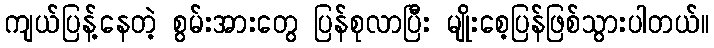
ကျယ်ပြန့်နေတဲ့ စွမ်းအားတွေ ပြန်စုလာပြီး မျိုးစေ့ပြန်ဖြစ်သွားပါတယ်။